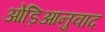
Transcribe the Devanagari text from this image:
ओड़िआनुवाद